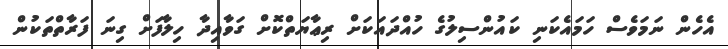
އެހެން ނަމަވެސް ހަމައެކަނި ކައުންސިލުގެ ހުއްދައަކަށް ރިޢާޔަތްކޮށް ގަވާއިދާ ހިލާފަށް ގިނަ ފަރާތްތަކުން